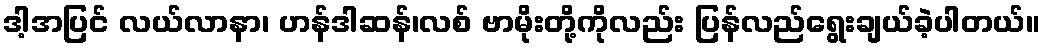
ဒါ့အပြင် လယ်လာနာ၊ ဟန်ဒါဆန်၊လစ် ဗာမိုးတို့ကိုလည်း ပြန်လည်ရွေးချယ်ခဲ့ပါတယ်။